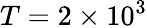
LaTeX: T=2\times 10^{3}